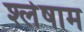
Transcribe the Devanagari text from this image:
श्लेषाम